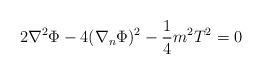
\begin{align*} 2\nabla^{2}\Phi-4(\nabla_{n}\Phi)^{2}-\frac{1}{4}m^{2}T^{2}=0\end{align*}